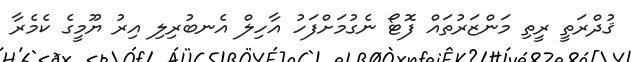
ޤުދްރަތީ ރީތި މަންޒަރުތައް ފޮޓޯ ނެގުމަށްފަހު އާހިލް އެނބުރިލި އިރު ޔޫމީގެ ކެމެރާ